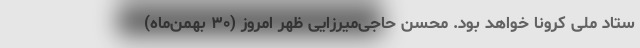
ستاد ملی کرونا خواهد بود. محسن حاجی‌میرزایی ظهر امروز (۳۰ بهمن‌ماه)